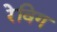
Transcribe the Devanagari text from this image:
रेविग